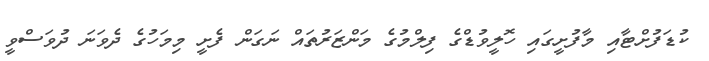
ކުޑަފުށްޓާއި މާފުށީގައި ހޮލީވުޑްގެ ފިލްމުގެ މަންޒަރުތައް ނަގަން ފެށީ މިމަހުގެ ދެވަނަ ދުވަސްވީ